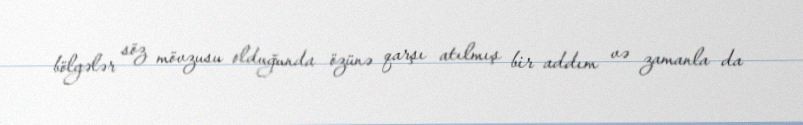
bölgələr söz mövzusu olduğunda özünə qarşı atılmış bir addım və zamanla da